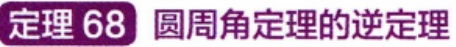
定理 68 圆周角定理的逆定理